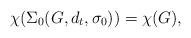
LaTeX: \begin{align*}\chi(\Sigma_0(G, d_t, \sigma_0))=\chi(G),\end{align*}